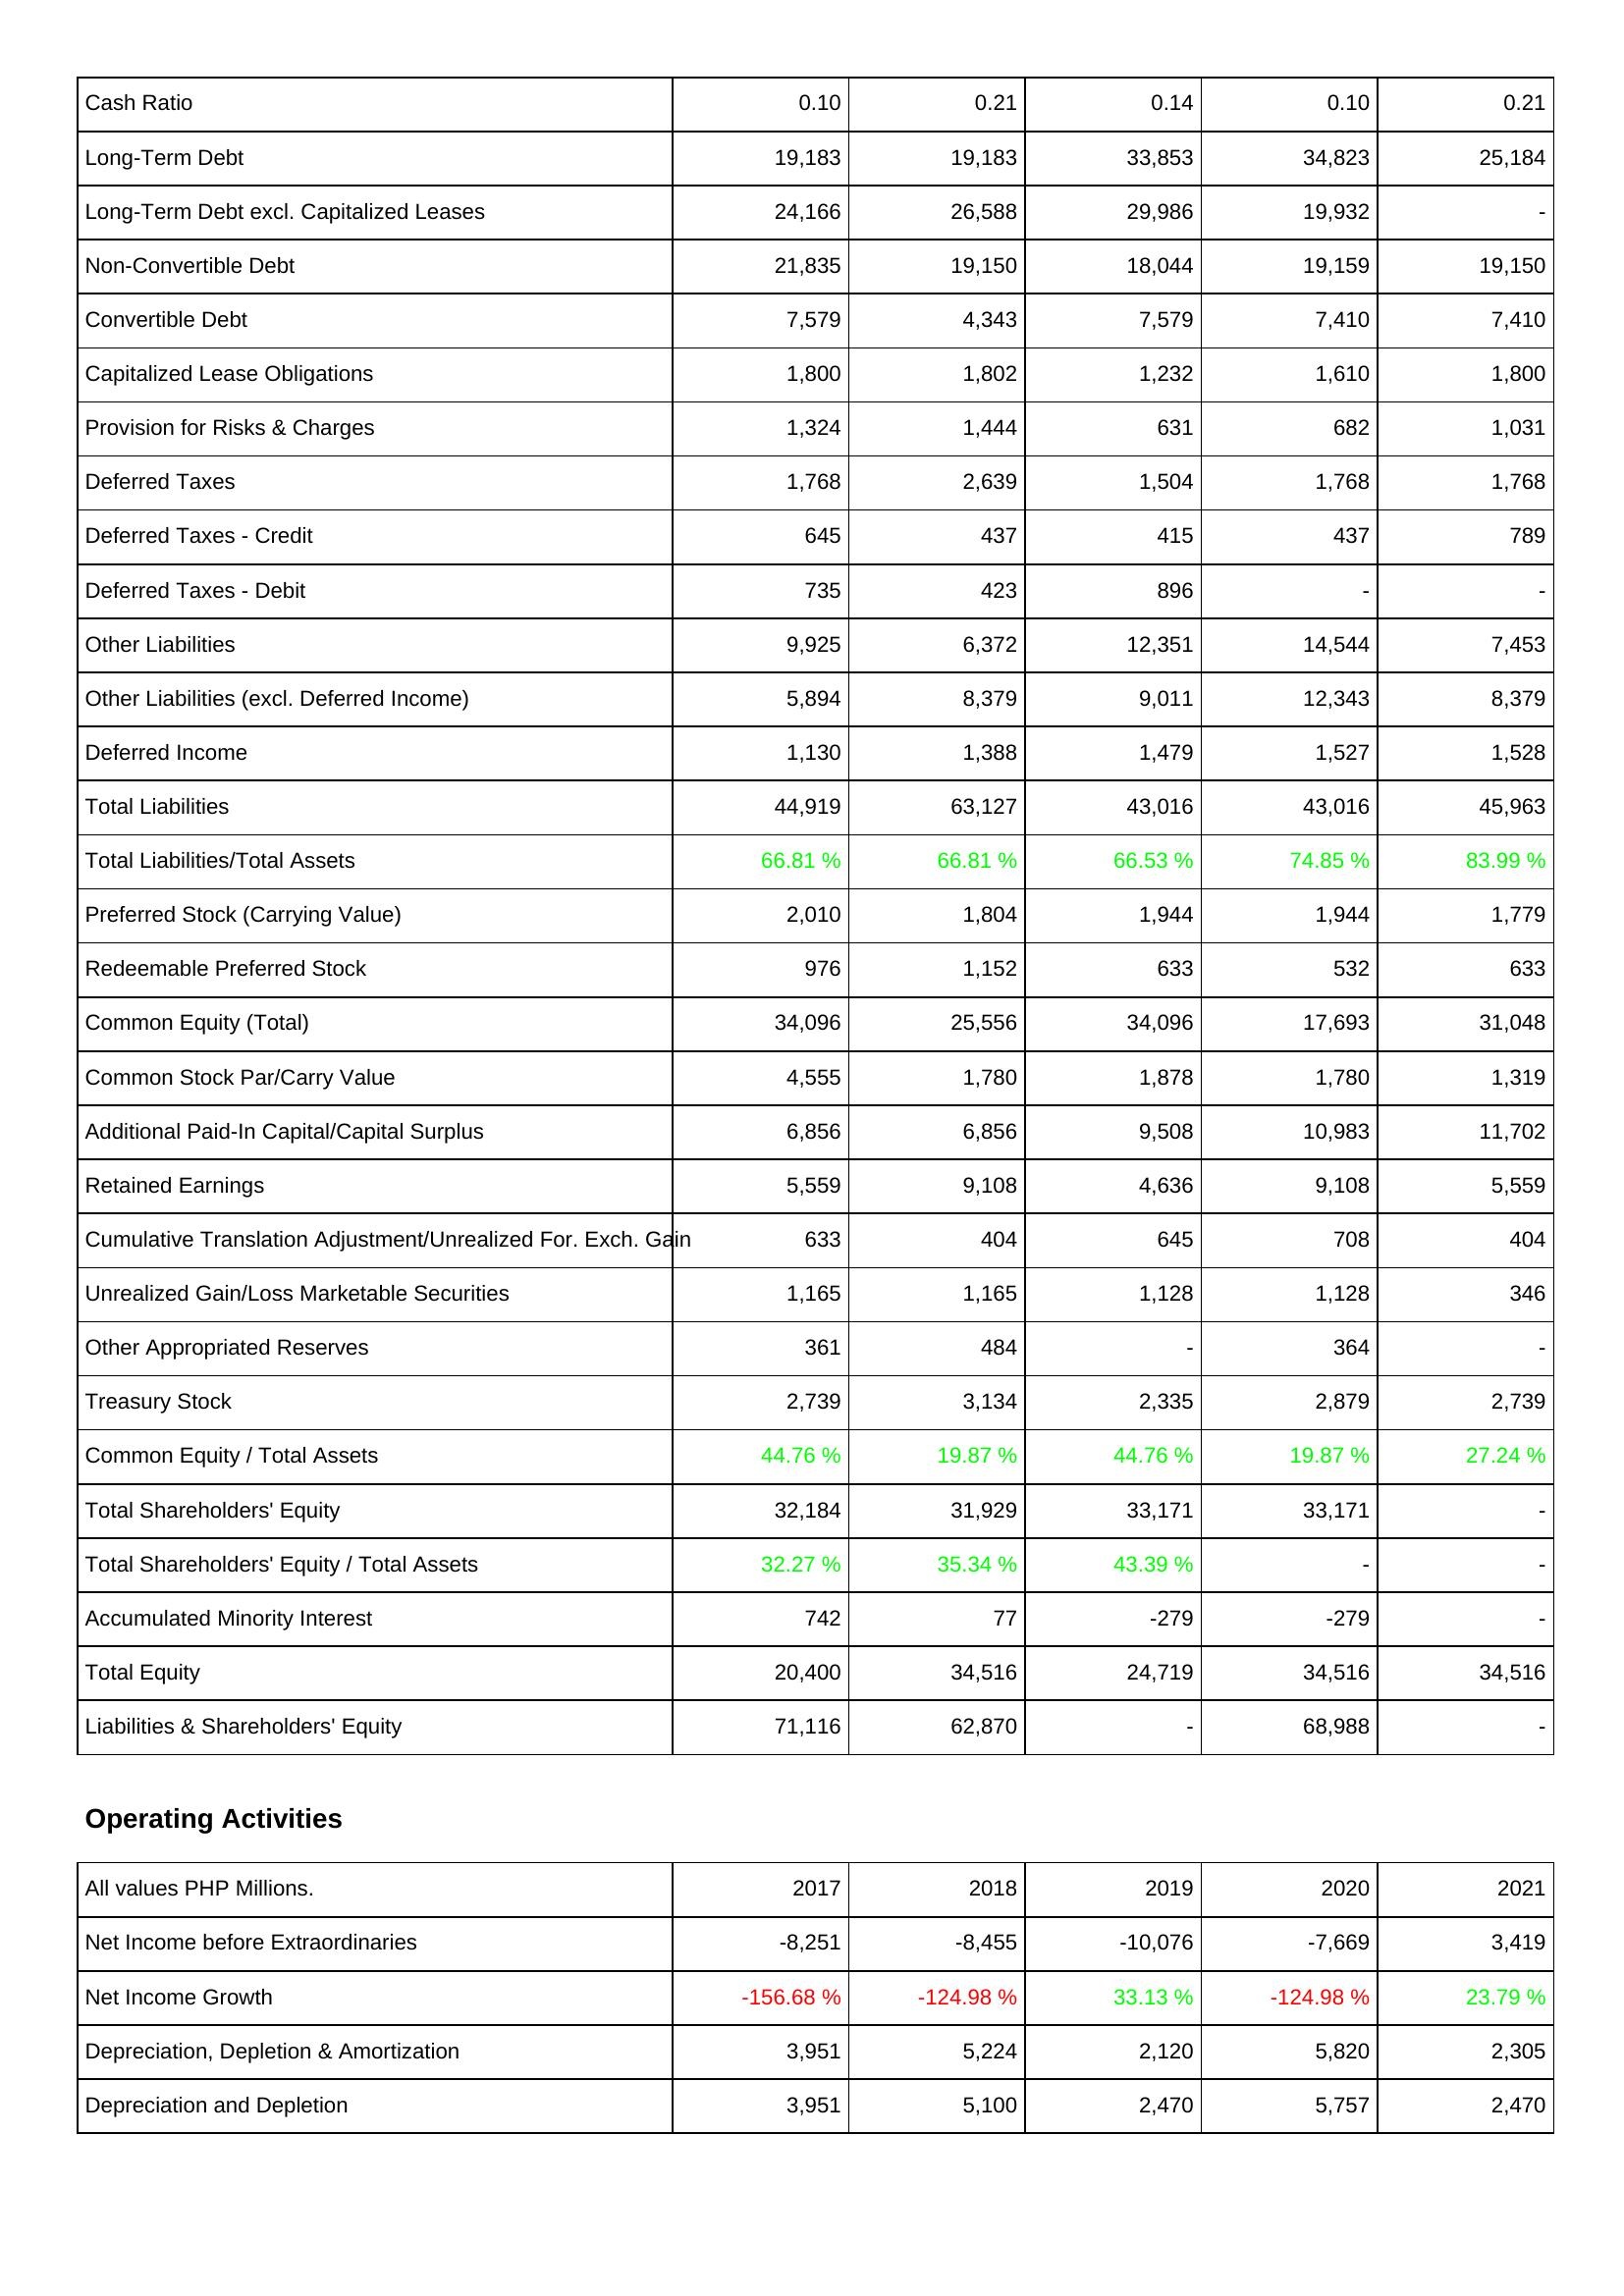
2017: Liabilities & Shareholders' Equity: Cash Ratio: 0.10
Long-Term Debt: 19,183
Long-Term Debt excl. Capitalized Leases: 24,166
Non-Convertible Debt: 21,835
Convertible Debt: 7,579
Capitalized Lease Obligations: 1,800
Provision for Risks & Charges: 1,324
Deferred Taxes: 1,768
Deferred Taxes - Credit: 645
Deferred Taxes - Debit: 735
Other Liabilities: 9,925
Other Liabilities (excl. Deferred Income): 5,894
Deferred Income: 1,130
Total Liabilities: 44,919
Total Liabilities/Total Assets: 66.81 %
Preferred Stock (Carrying Value): 2,010
Redeemable Preferred Stock: 976
Common Equity (Total): 34,096
Common Stock Par/Carry Value: 4,555
Additional Paid-In Capital/Capital Surplus: 6,856
Retained Earnings: 5,559
Cumulative Translation Adjustment/Unrealized For. Exch. Gain: 633
Unrealized Gain/Loss Marketable Securities: 1,165
Other Appropriated Reserves: 361
Treasury Stock: 2,739
Common Equity / Total Assets: 44.76 %
Total Shareholders' Equity: 32,184
Total Shareholders' Equity / Total Assets: 32.27 %
Accumulated Minority Interest: 742
Total Equity: 20,400
Liabilities & Shareholders' Equity: 71,116
Operating Activities: Net Income before Extraordinaries: -8,251
Net Income Growth: -156.68 %
Depreciation, Depletion & Amortization: 3,951
Depreciation and Depletion: 3,951
2018: Liabilities & Shareholders' Equity: Cash Ratio: 0.21
Long-Term Debt: 19,183
Long-Term Debt excl. Capitalized Leases: 26,588
Non-Convertible Debt: 19,150
Convertible Debt: 4,343
Capitalized Lease Obligations: 1,802
Provision for Risks & Charges: 1,444
Deferred Taxes: 2,639
Deferred Taxes - Credit: 437
Deferred Taxes - Debit: 423
Other Liabilities: 6,372
Other Liabilities (excl. Deferred Income): 8,379
Deferred Income: 1,388
Total Liabilities: 63,127
Total Liabilities/Total Assets: 66.81 %
Preferred Stock (Carrying Value): 1,804
Redeemable Preferred Stock: 1,152
Common Equity (Total): 25,556
Common Stock Par/Carry Value: 1,780
Additional Paid-In Capital/Capital Surplus: 6,856
Retained Earnings: 9,108
Cumulative Translation Adjustment/Unrealized For. Exch. Gain: 404
Unrealized Gain/Loss Marketable Securities: 1,165
Other Appropriated Reserves: 484
Treasury Stock: 3,134
Common Equity / Total Assets: 19.87 %
Total Shareholders' Equity: 31,929
Total Shareholders' Equity / Total Assets: 35.34 %
Accumulated Minority Interest: 77
Total Equity: 34,516
Liabilities & Shareholders' Equity: 62,870
Operating Activities: Net Income before Extraordinaries: -8,455
Net Income Growth: -124.98 %
Depreciation, Depletion & Amortization: 5,224
Depreciation and Depletion: 5,100
2019: Liabilities & Shareholders' Equity: Cash Ratio: 0.14
Long-Term Debt: 33,853
Long-Term Debt excl. Capitalized Leases: 29,986
Non-Convertible Debt: 18,044
Convertible Debt: 7,579
Capitalized Lease Obligations: 1,232
Provision for Risks & Charges: 631
Deferred Taxes: 1,504
Deferred Taxes - Credit: 415
Deferred Taxes - Debit: 896
Other Liabilities: 12,351
Other Liabilities (excl. Deferred Income): 9,011
Deferred Income: 1,479
Total Liabilities: 43,016
Total Liabilities/Total Assets: 66.53 %
Preferred Stock (Carrying Value): 1,944
Redeemable Preferred Stock: 633
Common Equity (Total): 34,096
Common Stock Par/Carry Value: 1,878
Additional Paid-In Capital/Capital Surplus: 9,508
Retained Earnings: 4,636
Cumulative Translation Adjustment/Unrealized For. Exch. Gain: 645
Unrealized Gain/Loss Marketable Securities: 1,128
Other Appropriated Reserves: -
Treasury Stock: 2,335
Common Equity / Total Assets: 44.76 %
Total Shareholders' Equity: 33,171
Total Shareholders' Equity / Total Assets: 43.39 %
Accumulated Minority Interest: -279
Total Equity: 24,719
Liabilities & Shareholders' Equity: -
Operating Activities: Net Income before Extraordinaries: -10,076
Net Income Growth: 33.13 %
Depreciation, Depletion & Amortization: 2,120
Depreciation and Depletion: 2,470
2020: Liabilities & Shareholders' Equity: Cash Ratio: 0.10
Long-Term Debt: 34,823
Long-Term Debt excl. Capitalized Leases: 19,932
Non-Convertible Debt: 19,159
Convertible Debt: 7,410
Capitalized Lease Obligations: 1,610
Provision for Risks & Charges: 682
Deferred Taxes: 1,768
Deferred Taxes - Credit: 437
Deferred Taxes - Debit: -
Other Liabilities: 14,544
Other Liabilities (excl. Deferred Income): 12,343
Deferred Income: 1,527
Total Liabilities: 43,016
Total Liabilities/Total Assets: 74.85 %
Preferred Stock (Carrying Value): 1,944
Redeemable Preferred Stock: 532
Common Equity (Total): 17,693
Common Stock Par/Carry Value: 1,780
Additional Paid-In Capital/Capital Surplus: 10,983
Retained Earnings: 9,108
Cumulative Translation Adjustment/Unrealized For. Exch. Gain: 708
Unrealized Gain/Loss Marketable Securities: 1,128
Other Appropriated Reserves: 364
Treasury Stock: 2,879
Common Equity / Total Assets: 19.87 %
Total Shareholders' Equity: 33,171
Total Shareholders' Equity / Total Assets: -
Accumulated Minority Interest: -279
Total Equity: 34,516
Liabilities & Shareholders' Equity: 68,988
Operating Activities: Net Income before Extraordinaries: -7,669
Net Income Growth: -124.98 %
Depreciation, Depletion & Amortization: 5,820
Depreciation and Depletion: 5,757
2021: Liabilities & Shareholders' Equity: Cash Ratio: 0.21
Long-Term Debt: 25,184
Long-Term Debt excl. Capitalized Leases: -
Non-Convertible Debt: 19,150
Convertible Debt: 7,410
Capitalized Lease Obligations: 1,800
Provision for Risks & Charges: 1,031
Deferred Taxes: 1,768
Deferred Taxes - Credit: 789
Deferred Taxes - Debit: -
Other Liabilities: 7,453
Other Liabilities (excl. Deferred Income): 8,379
Deferred Income: 1,528
Total Liabilities: 45,963
Total Liabilities/Total Assets: 83.99 %
Preferred Stock (Carrying Value): 1,779
Redeemable Preferred Stock: 633
Common Equity (Total): 31,048
Common Stock Par/Carry Value: 1,319
Additional Paid-In Capital/Capital Surplus: 11,702
Retained Earnings: 5,559
Cumulative Translation Adjustment/Unrealized For. Exch. Gain: 404
Unrealized Gain/Loss Marketable Securities: 346
Other Appropriated Reserves: -
Treasury Stock: 2,739
Common Equity / Total Assets: 27.24 %
Total Shareholders' Equity: -
Total Shareholders' Equity / Total Assets: -
Accumulated Minority Interest: -
Total Equity: 34,516
Liabilities & Shareholders' Equity: -
Operating Activities: Net Income before Extraordinaries: 3,419
Net Income Growth: 23.79 %
Depreciation, Depletion & Amortization: 2,305
Depreciation and Depletion: 2,470